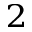
^ { 2 }